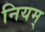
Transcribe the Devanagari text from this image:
नियम्